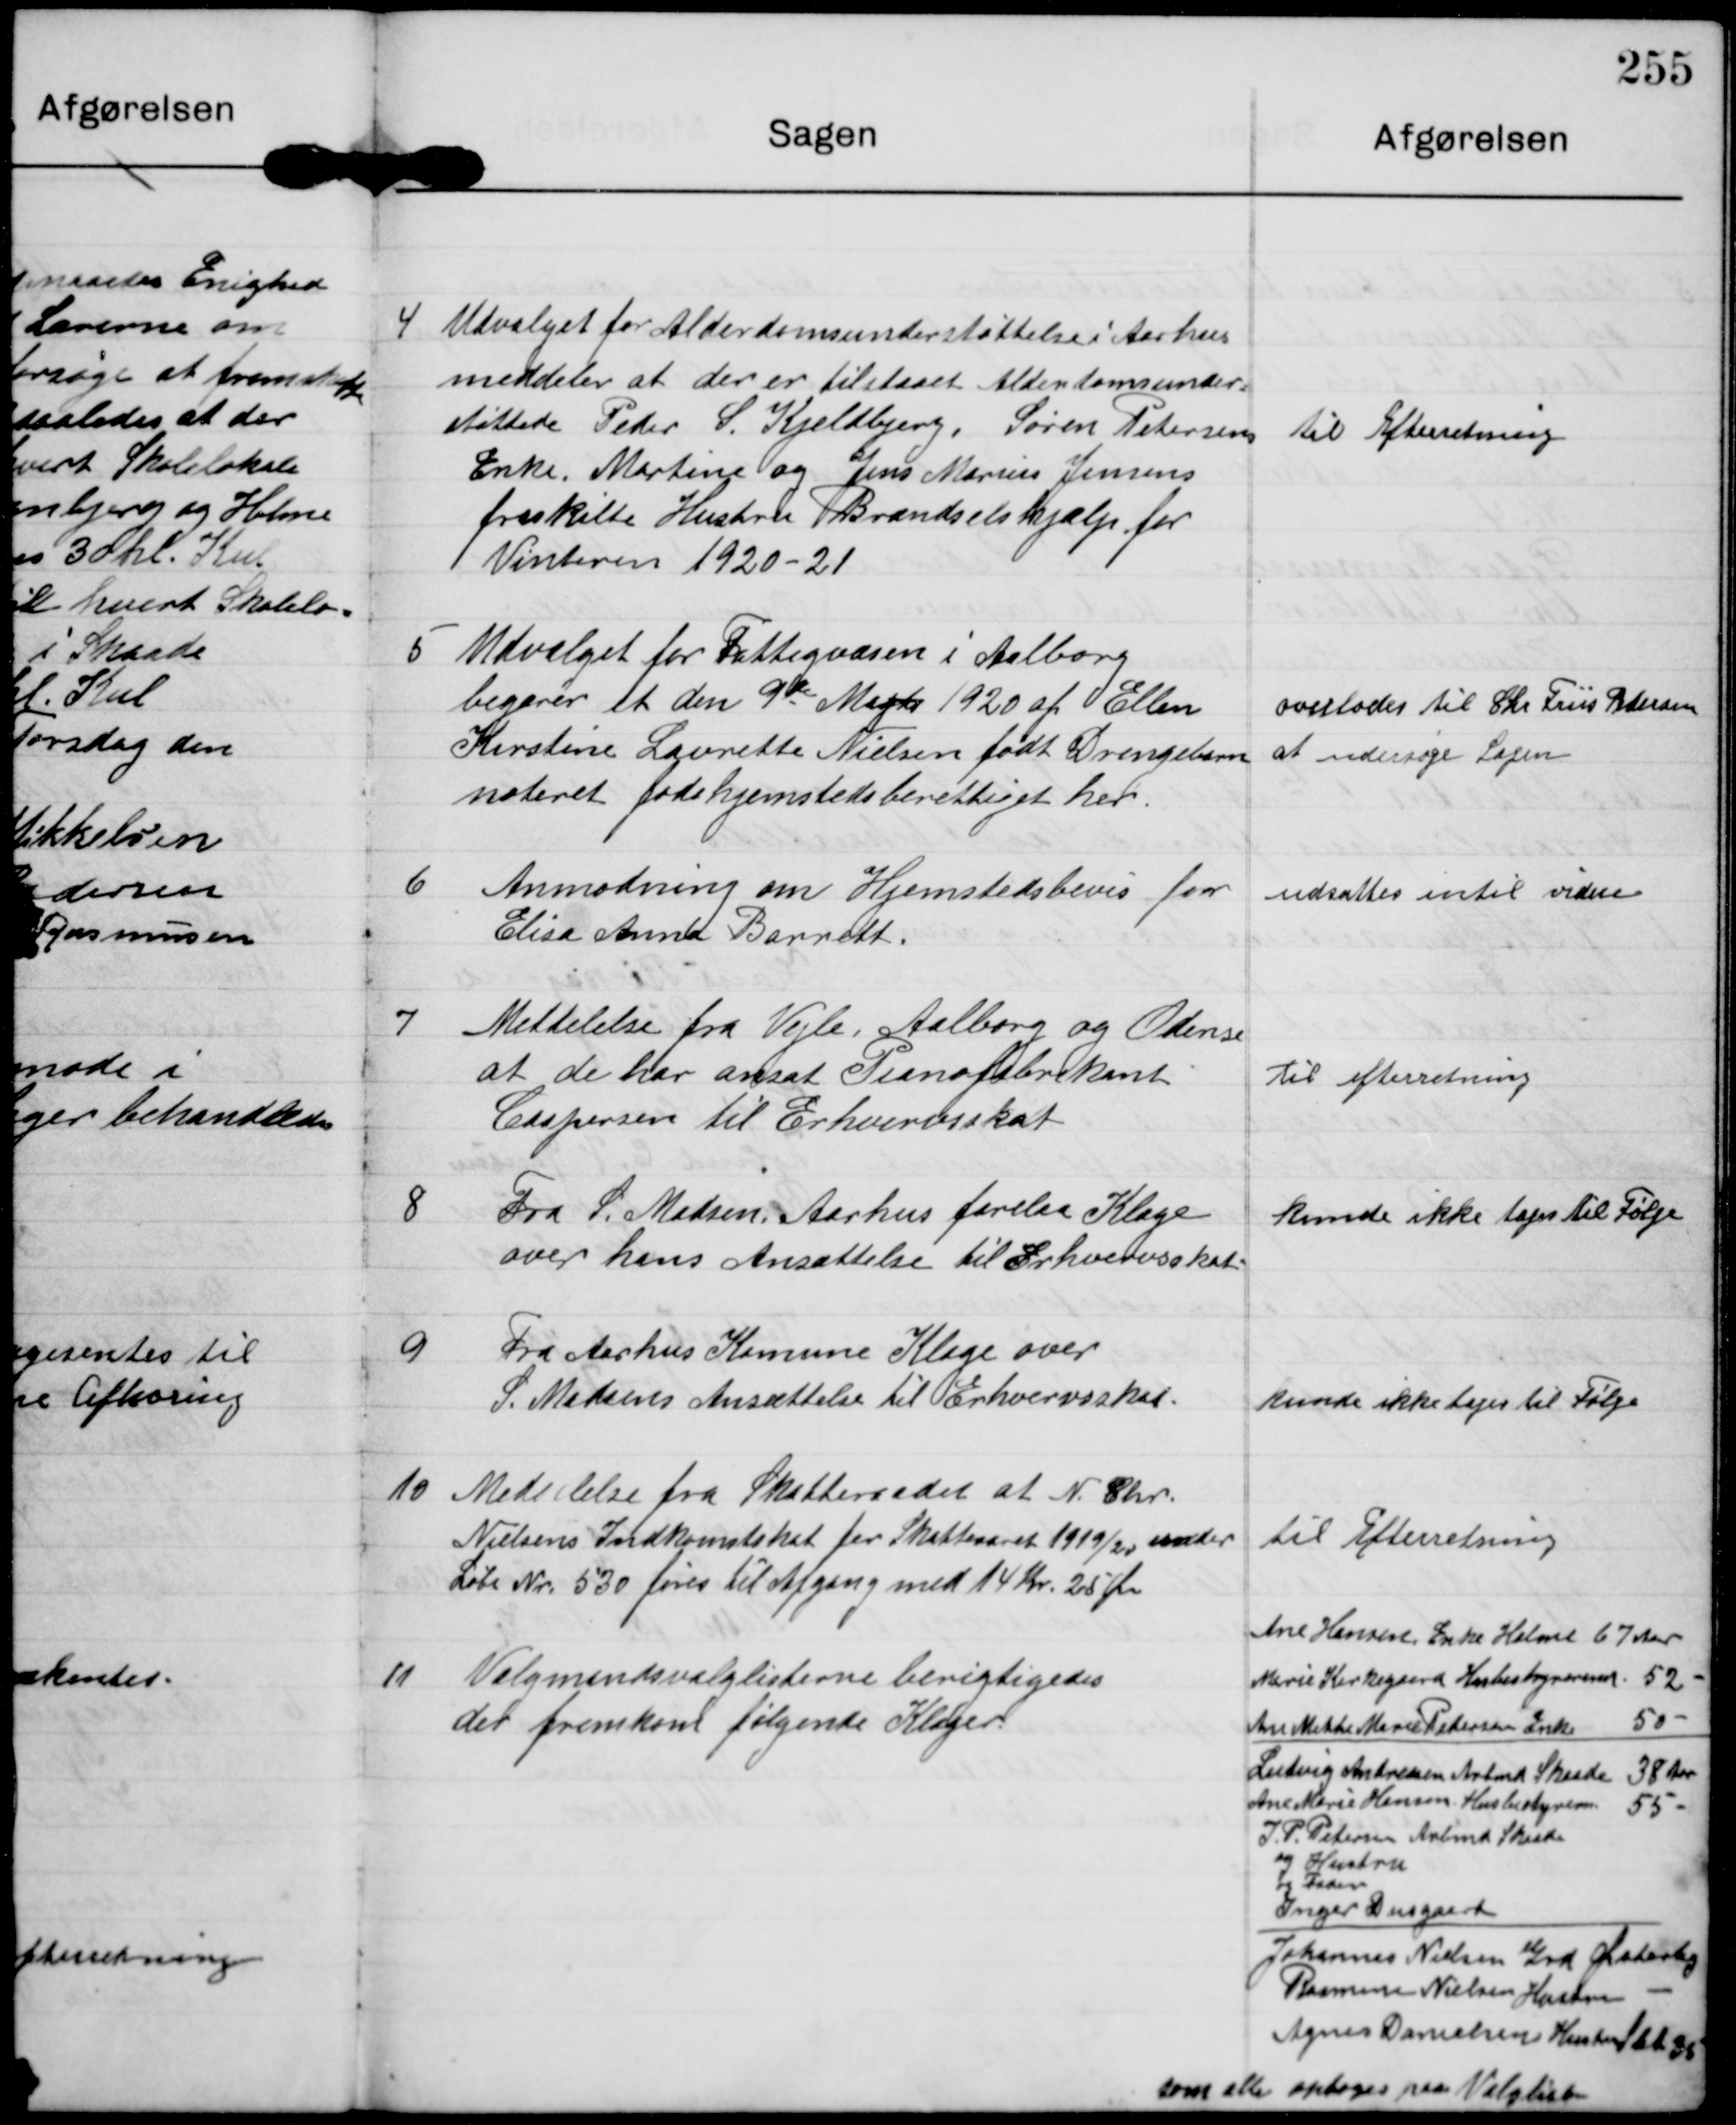
Transskription:
4

Udvalget for Alderdomsunderstøttelse i Aarhus
meddeler at der er tilstaaet Alderdomsunder-
støttede Peder S. Kjeldbjerg, Søren Petersens
Enke. Martine og Jens Marius Jensens
fraskilte Hustru Brændselshjælp for
Vinteren 1920-21

til Efterretning

5

Udvalget for Fattigvæsen i Aalborg
begærer et den 9de Marts 1920 at Ellen
Kirstine Laurette Nielsen født Drengebarn
noteret fødehjemstedsberettiget her.

overlodes til Chr Friis Petersen
at udersøge Sagen

6

Anmodning om Hjemstedsbevis for
Elise Anna Barrett.

udsattes intil videre

7

Meddelelse fra Vejle, Aalborg og Odense
at de har ansat Pianofabrikant
Caspersen til Erhvervsskat

Til efterretning

8

Fra S. Madsen, Aarhus forelaa Klage
over hans Ansættelse til Erhvervsskat.

Kunde ikke tages til Følge

9

Fra Aarhus Komune Klage over
S. Madsens Ansættelse til Erhvervsskat.

kunde ikke tages til Følge

10

Mededelse fra Skatteraadet at N. Chr.
Nielsens Indkomstskat for Skatteaaret 1919/20 under
Løbe Nr. 530 føres til Afgang med 14 Kr 25 Øre

til Efterretning

11

Valgmandsvalglisterne berigtigedes
der fremkom følgende Klager

Ane Hansen Enke Holme 67 Aar
Marie Kirkegaård Husbestyrerinde 52
Ane Mette Marie Pedersen Enke 50
Ludvig Andreasen Arbmd Skaade 38 Aar
Ane Marie Hansen Husbestyrein 55
J. P. Petersen Arbmd Skaade
og Hustru
og Fader
Inger Dusgaard
Johannes Nielsen Grd. Østerby
Rasmine Nielsen Hustru
Agnes Danielsen Hustru Slet 35
som alle optoges paa Valgliste